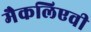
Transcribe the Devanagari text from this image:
मैकलिएवी